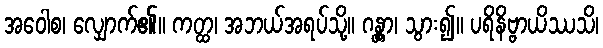
အဝေါစ၊ လျှောက်၏။ ကတ္ထ၊ အဘယ်အရပ်သို့။ ဂန္တွာ၊ သွား၍။ ပရိနိဗ္ဗာယိဿသိ၊